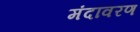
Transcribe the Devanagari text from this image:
मंदावरण